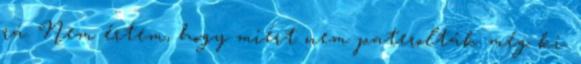
rá. Nem értem, hogy miért nem paterolták még ki.